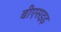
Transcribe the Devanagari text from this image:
बीएसइइ